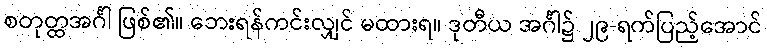
စတုတ္ထအင်္ဂါ ဖြစ်၏။ ဘေးရန်ကင်းလျှင် မထားရ။ ဒုတီယ အင်္ဂါ၌ ၂၉-ရက်ပြည့်အောင်